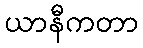
ယာနီကတာ